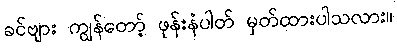
ခင်ဗျား ကျွန်တော့် ဖုန်းနံပါတ် မှတ်ထားပါသလား။